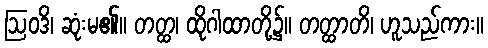
ဩဝဒိ၊ ဆုံးမ၏။ တတ္ထ၊ ထိုဂါထာတို့၌။ တတ္ထာတိ၊ ဟူသည်ကား။